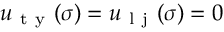
u _ { \mathrm { ~ t ~ y ~ } } ( \sigma ) = u _ { \mathrm { ~ l ~ j ~ } } ( \sigma ) = 0